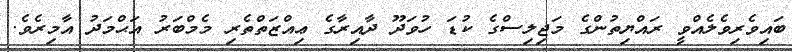
ބައިވެރިވެލެއްވީ ރައްޔިތުންގެ މަޖިލިސްގެ ކުޑަ ހުވަދޫ ދާއިރާގެ ޢިއްޒަތްތެރި މެމްބަރު އަޙްމަދު އާމިރެވެ.